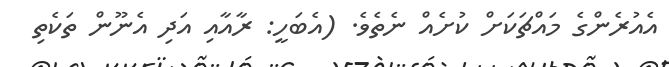
އެއުރެންގެ މައްޗަކަށް ކުށެއް ނެތެވެ. (އެބަހީ: ރާއާއި އަދި އެނޫން ތަކެތި